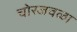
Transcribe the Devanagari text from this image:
चोरजवळा